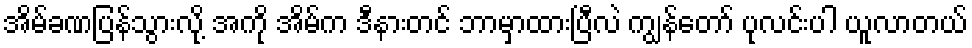
အိမ်ခဏပြန်သွားလို့ အကို အိမ်က ဒီနားတင် ဘာမှာထားပြီလဲ ကျွန်တော် ပုလင်းပါ ယူလာတယ်